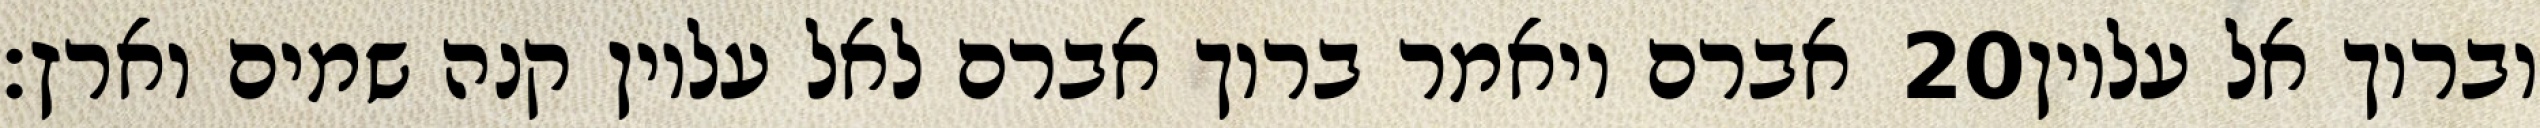
אברם ויאמר ברוך אברם לאל עליון קנה שמים וארץ׃ ‎20‏ וברוך אל עליון